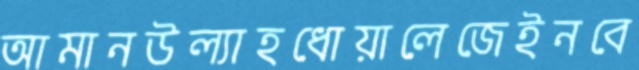
আমানউল্যাহধোয়ালেজেইনবে